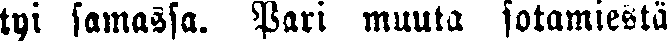
tyi samassa. Pari muuta sotamiestä